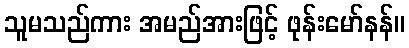
သူမသည်ကား အမည်အားဖြင့် ဖုန်းမော်နန်။